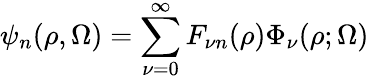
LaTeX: \psi_{n}(\rho,\Omega)=\sum_{\nu=0}^{\infty}F_{\nu n}(\rho)\Phi_{\nu}(\rho;\Omega)